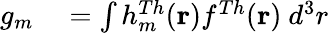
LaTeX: \begin{array}{rl}{g_{m}}&{{}=\int h_{m}^{Th}(\mathbf{r})f^{Th}(\mathbf{r})~d^{3}r}\end{array}